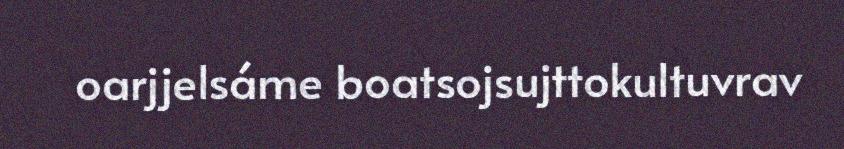
oarjjelsáme boatsojsujttokultuvrav